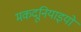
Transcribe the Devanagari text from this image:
मकदूनियाइयों